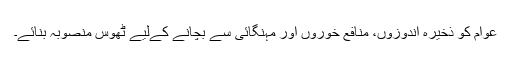
عوام کو ذخیرہ اندوزوں، منافع خوروں اور مہنگائی سے بچانے کےلیے ٹھوس منصوبہ بنائے۔